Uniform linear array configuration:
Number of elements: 48
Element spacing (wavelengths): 0.25
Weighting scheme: blackman
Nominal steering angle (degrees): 60
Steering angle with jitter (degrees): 61.959
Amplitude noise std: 0.05
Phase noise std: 0.05

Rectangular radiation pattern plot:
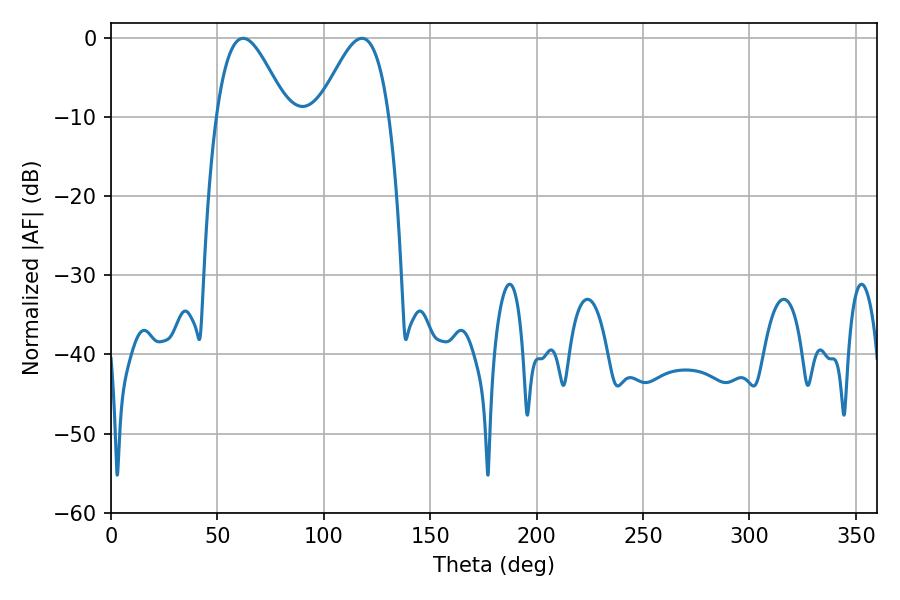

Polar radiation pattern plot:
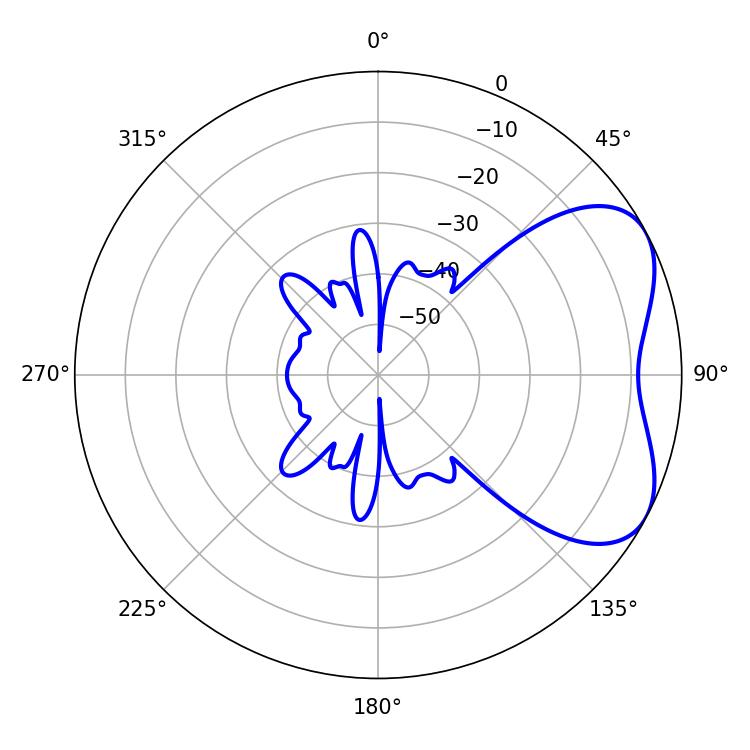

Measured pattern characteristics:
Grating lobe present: FALSE
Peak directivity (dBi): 4.969
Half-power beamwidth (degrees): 17.82
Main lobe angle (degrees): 62.1